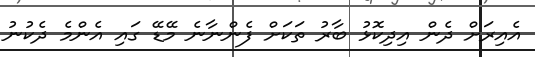
އެއިރަށް ދެން އިދިކޮޅު ބާރު ތަކަށް ފެންނާނެ މޭޑޭ ގައި އެންމެ ދެކުނު